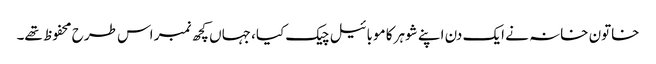
خاتون خانہ نے ایک دن اپنے شوہر کا موبائیل چیک کیا، جہاں کچھ نمبر اس طرح محفوظ تھے۔